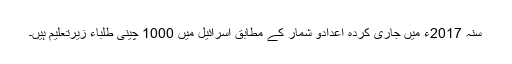
سنہ 2017ء میں جاری کردہ اعدادو شمار کے مطابق اسرائیل میں 1000 چینی طلباء زیرتعلیم ہیں۔